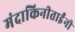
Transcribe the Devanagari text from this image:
मंदाकिनीताईंनी